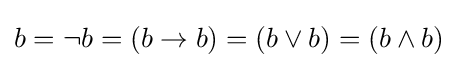
b=\lnot b=(b\to b)=(b\lor b)=(b\land b)